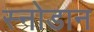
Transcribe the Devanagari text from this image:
स्नोडान